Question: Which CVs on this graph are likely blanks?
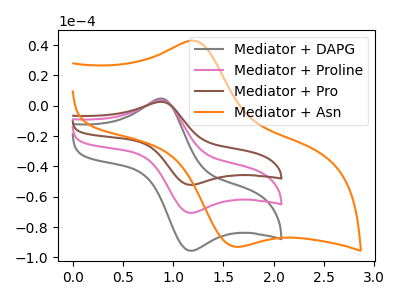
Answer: <think>The gray curve "Mediator + DAPG" has an anodic peak at (0.90V, 4.70uA) and a cathodic peak at (1.15V, -95.60uA). The pink curve "Mediator + Proline" has an anodic peak at (0.90V, 3.45uA) and a cathodic peak at (1.15V, -70.65uA). The brown curve "Mediator + Pro" has an anodic peak at (0.90V, 6.90uA) and a cathodic peak at (1.15V, -141.25uA). The orange curve "Mediator + Asn" has an anodic peak at (1.25V, 42.60uA) and a cathodic peak at (1.65V, -92.90uA).</think>
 <answer>There are not any CV's on this graph that are likely to be blanks.</answer>
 <eval>none</eval>